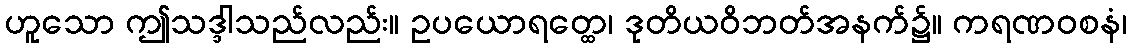
ဟူသော ဤသဒ္ဒါသည်လည်း။ ဥပယောရတ္ထေ၊ ဒုတိယဝိဘတ်အနက်၌။ ကရဏဝစနံ၊